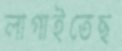
লাগাইতেছ